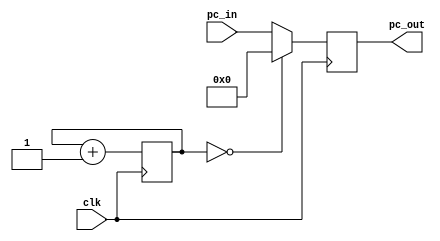
module PC_flipflop (clk, pc_in, pc_out); 
input clk ;
input [31:0]pc_in;
output reg  [31:0]pc_out;
reg [31:0]count = 0;
always@ (posedge clk) begin
if(count == 0) pc_out = 0;
else pc_out = pc_in ;
count = count+1; 
end
endmodule